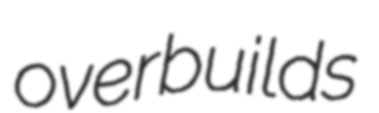
overbuilds